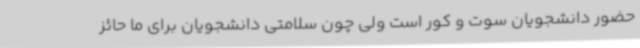
حضور دانشجویان سوت و کور است ولی چون سلامتی دانشجویان برای ما حائز